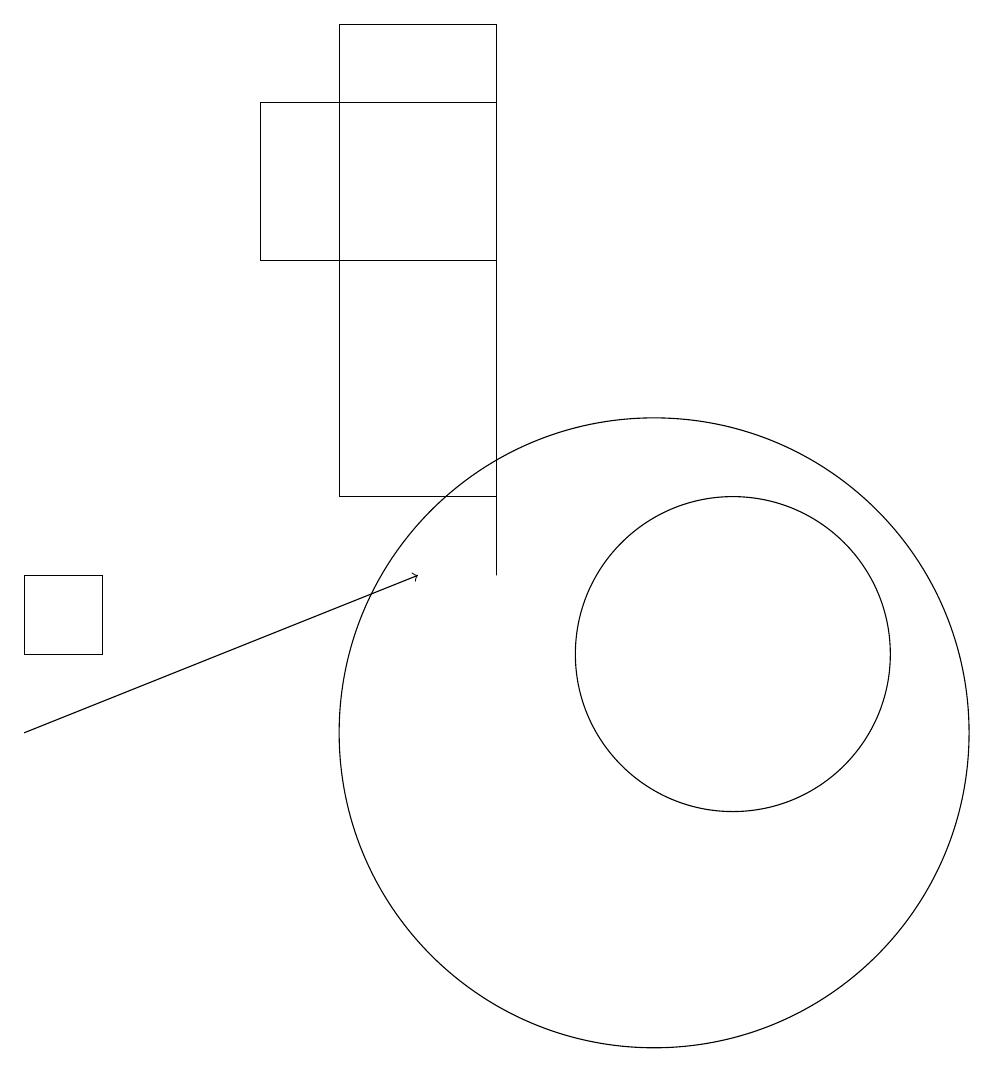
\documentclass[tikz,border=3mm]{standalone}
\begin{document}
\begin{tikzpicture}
\draw (2,12) rectangle (3,11);
\draw (8,18) rectangle (5,16);
\draw (10,10) circle (4);
\draw (6,19) rectangle (8,13);
\draw (8,18) rectangle (8,12);
\draw (11,11) circle (2);
\draw[->] (2,10) -- (7,12);
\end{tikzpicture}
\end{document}